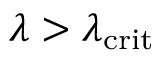
\lambda > \lambda _ { \mathrm { c r i t } }